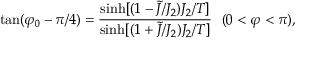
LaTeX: \tan ( \varphi _ { 0 } - \pi / 4 ) = { \frac { \sinh [ ( 1 - \tilde { J } / J _ { 2 } ) J _ { 2 } / T ] } { \sinh [ ( 1 + \tilde { J } / J _ { 2 } ) J _ { 2 } / T ] } } \ \ ( 0 < \varphi < \pi ) ,